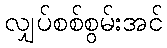
လျှပ်စစ်စွမ်းအင်